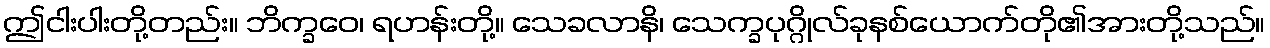
ဤငါးပါးတို့တည်း။ ဘိက္ခဝေ၊ ရဟန်းတို့။ သေခလာနိ၊ သေက္ခပုဂ္ဂိုလ်ခုနစ်ယောက်တို၏အားတို့သည်။